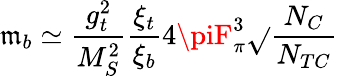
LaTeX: \mathfrak{m}_{b}\simeq{\frac{{g_{t}^{2}}}{{M_{S}^{2}}}}{\frac{{\xi_{t}}}{{\xi_{b}}}}4\piF_{\pi}^{3}\sqrt{}{{{\frac{{N_{C}}}{{N_{TC}}}}}}